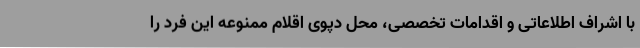
با اشراف اطلاعاتی و اقدامات تخصصی، محل دپوی اقلام ممنوعه این فرد را